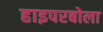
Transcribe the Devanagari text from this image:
हाइपरबोला